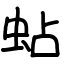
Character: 蛅